Document type: Acquittal of debt
Year: 1424
Scribe: Francesc de Casanoves
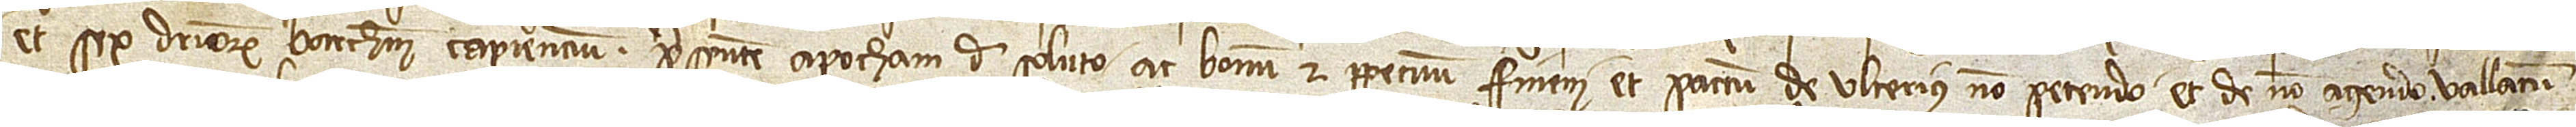
et sex denariorum barchinonensium capiencium presentem apocham de soluto ac bonum et perpetuum finem et pactum de ulterius non petendo et de non agendo, vallatum